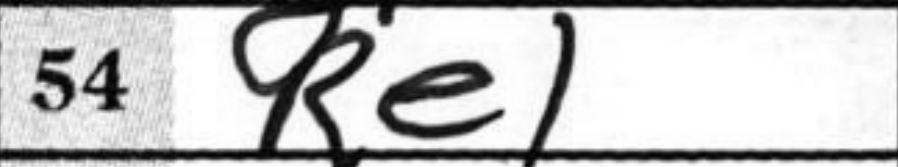
Transcription: Re1